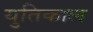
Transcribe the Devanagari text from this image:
युतिकाल